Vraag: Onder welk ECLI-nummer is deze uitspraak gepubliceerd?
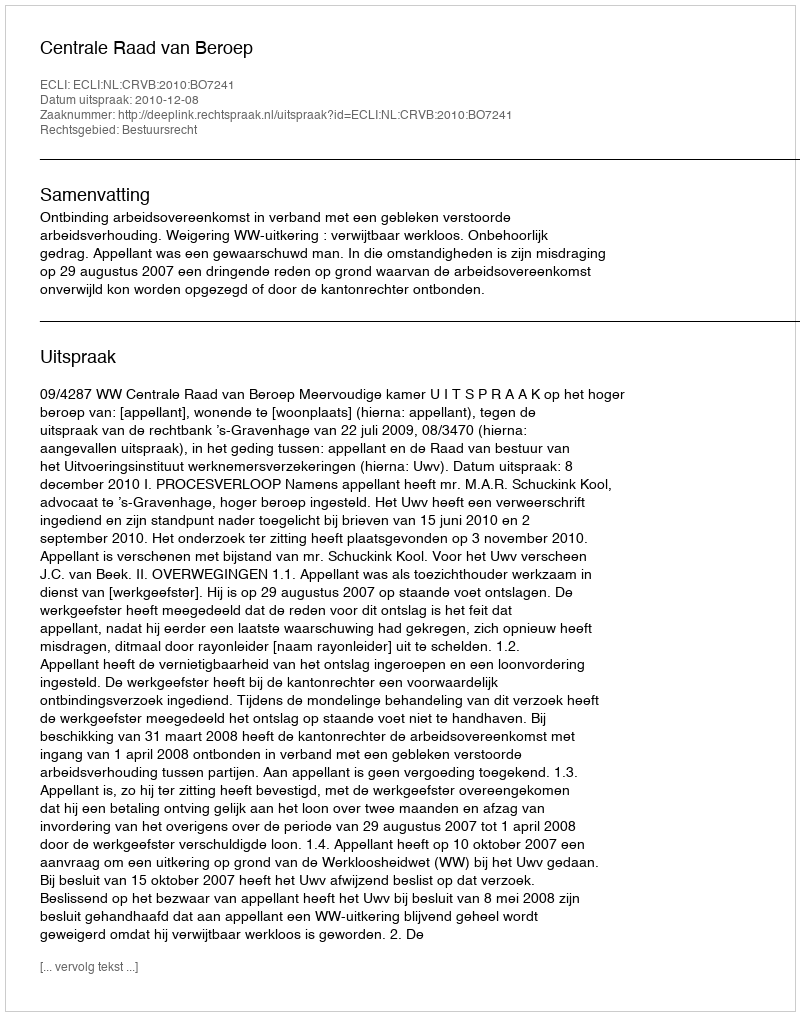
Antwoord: ECLI:NL:CRVB:2010:BO7241